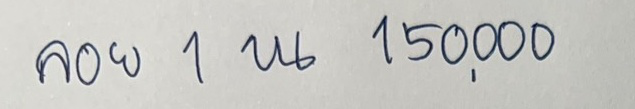
ลอย 1 บน 150,000